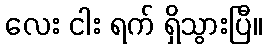
လေး ငါး ရက် ရှိသွားပြီ။